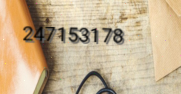
247153178